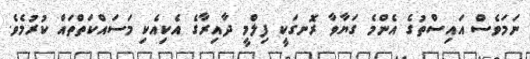
ނަމަވެސް އައިސްތުގެ އެންމެ ގަޔާވާ ރޮނގަކީ ފިލްމީ ދާއިރާގެ އެކިއެކި މަސައްކަތްތައް ކުރުމެވެ.